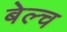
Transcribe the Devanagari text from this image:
बेल्च